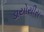
ડાયોસીસ